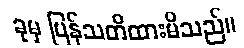
ခုမှ ပြန်သတိထားမိသည်။